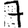
Digit: 7